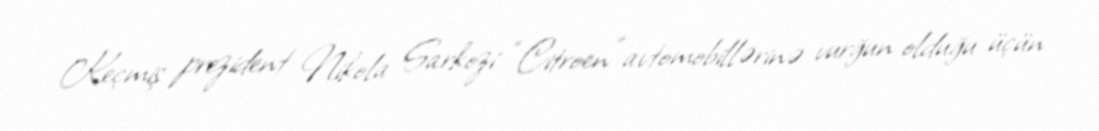
Keçmiş prezident Nikola Sarkozi “Citroen” avtomobillərinə vurğun olduğu üçün